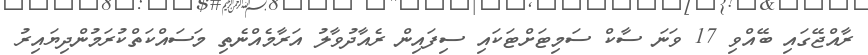
ރާއްޖޭގައި ބޭއްވި 17 ވަނަ ސާކް ސަމިޓަށްޓަކައި ސިފައިން ރެއާދުވާލު އަރާމެއްނެތި މަސައްކަތްކުރަމުންދިޔައިރު